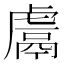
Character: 鬳